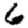
Digit: 6